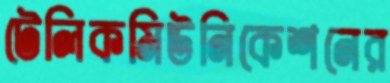
টেলিকমিউনিকেশনের